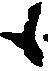
候